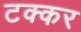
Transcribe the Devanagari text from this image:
टक्कर